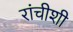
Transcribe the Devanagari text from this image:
रांचीशी